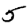
Digit: 5